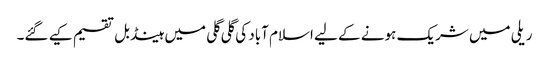
ریلی میں شریک ہونے کے لیے اسلام آباد کی گلی گلی میں ہینڈ بل تقسیم کیے گئے۔